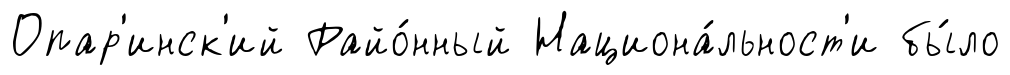
Опар'инск'ий Райо́нный Национа́льност'и бы́ло